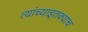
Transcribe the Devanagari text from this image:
त्यांच्याइतक्याच